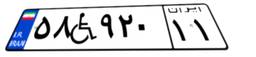
۵۸W۹۲۰۱۱